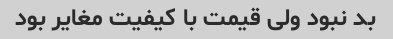
بد نبود ولی قیمت با کیفیت مغایر بود